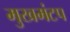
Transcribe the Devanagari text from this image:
मुखमंटप